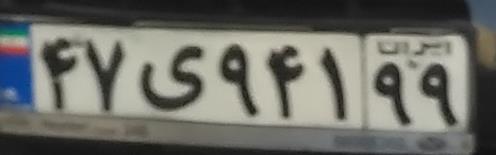
۴۷ی۹۴۱۹۹